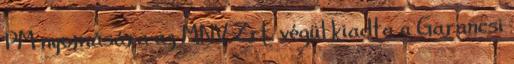
PM nyomására az MNV Zrt. végül kiadta a Garancsi